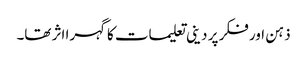
ذہن اور فکر پر دینی تعلیمات کاگہرا اثر تھا۔